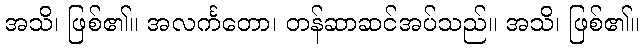
အသိ၊ ဖြစ်၏။ အလင်္ကတော၊ တန်ဆာဆင်အပ်သည်။ အသိ၊ ဖြစ်၏။